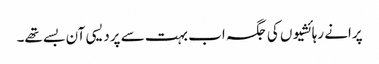
پرانے رہائشیوں کی جگہ اب بہت سے پردیسی آن بسے تھے۔